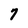
Character: 7